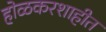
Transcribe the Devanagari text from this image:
होळकरशाहीत